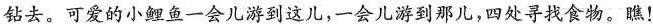
钻去。可爱的小鲤鱼一会儿游到这儿，一会儿游到那儿，四处寻找食物。瞧！